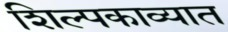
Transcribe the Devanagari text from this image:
शिल्पकाव्यात